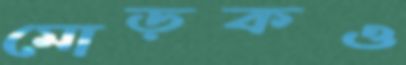
মোড়কও